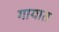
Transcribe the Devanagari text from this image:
गायात